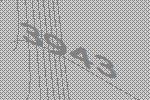
3943